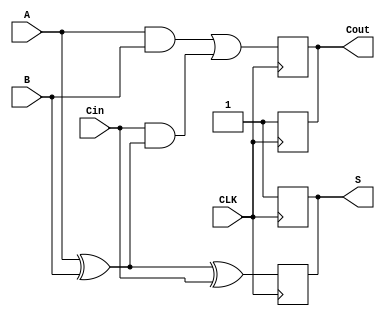
module DynamicFullAdder (
    input wire A,
    input wire B,
    input wire Cin,
    input wire CLK,
    output reg S,
    output reg Cout
);

    // Internal signals for temporary storage during evaluation
    wire S_precharge;
    wire Cout_precharge;

    // Precharge phase: When CLK is low, precharge outputs to high
    always @(negedge CLK) begin
        S <= 1'b1;       // Precharge sum output to high (1)
        Cout <= 1'b1;    // Precharge carry output to high (1)
    end

    // Evaluate phase: When CLK is high, evaluate the outputs
    always @(posedge CLK) begin
        // Sum output logic (S = A  B  Cin)
        S <= (A ^ B) ^ Cin;

        // Carry output logic (Cout = (A & B) | (Cin & (A ^ B)))
        Cout <= (A & B) | (Cin & (A ^ B));
    end

endmodule